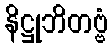
နိဋ္ဌုဘိတဗ္ဗံ